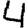
Digit: 4